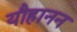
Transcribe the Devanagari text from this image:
यौहानन